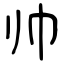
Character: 帅